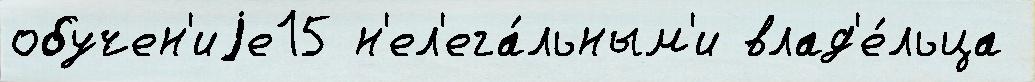
обучен'иjе15 н'ел'ега́льным'и влад'е́льца